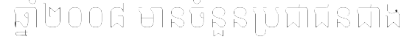
ឆ្នាំ២០០៨ មានចំនួនប្រជាជនជាង